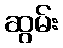
ဆွမ်း